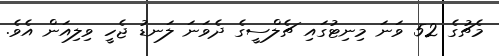
މެޗުގެ 52 ވަނަ މިނިޓުގައި ޗެލްސީގެ ދެވަނަ ލަނޑު ޖެހީ ވިލިއަން އެވެ.